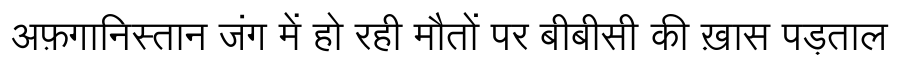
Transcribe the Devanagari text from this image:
अफ़गानिस्तान जंग में हो रही मौतों पर बीबीसी की ख़ास पड़ताल